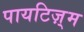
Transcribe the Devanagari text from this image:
पायटिज़्म